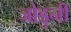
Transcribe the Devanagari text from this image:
जोडुनी